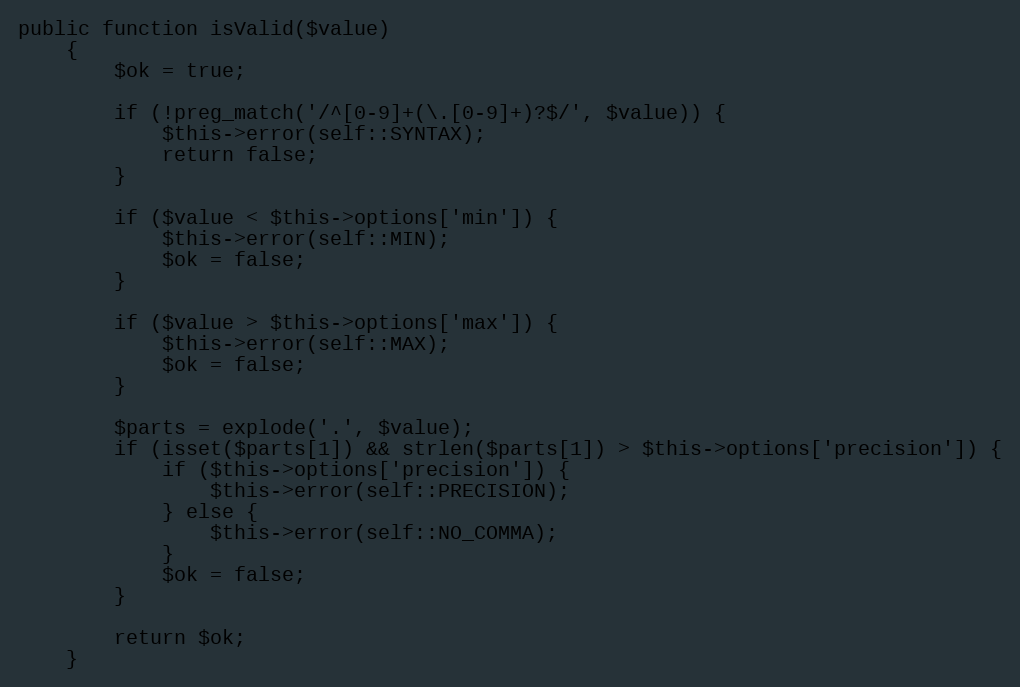
Language: PHP
public function isValid($value)
    {
        $ok = true;

        if (!preg_match('/^[0-9]+(\.[0-9]+)?$/', $value)) {
            $this->error(self::SYNTAX);
            return false;
        }

        if ($value < $this->options['min']) {
            $this->error(self::MIN);
            $ok = false;
        }

        if ($value > $this->options['max']) {
            $this->error(self::MAX);
            $ok = false;
        }

        $parts = explode('.', $value);
        if (isset($parts[1]) && strlen($parts[1]) > $this->options['precision']) {
            if ($this->options['precision']) {
                $this->error(self::PRECISION);
            } else {
                $this->error(self::NO_COMMA);
            }
            $ok = false;
        }

        return $ok;
    }